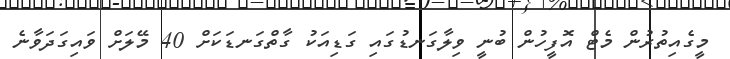
މީގެއިތުރުން މެޓް އޮފީހުން ބުނީ ވިލާގަނޑުގައި ގަޑިއަކު ގާތްގަނޑަކަށް 40 މޭލަށް ވައިގަދަވާނެ